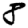
Digit: 8